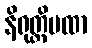
နိရုတ္တိပထာ